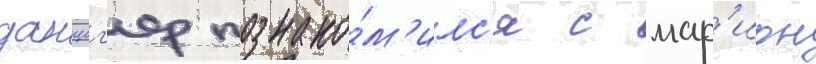
данциг'ер познако́м'илс'я с мар'ион